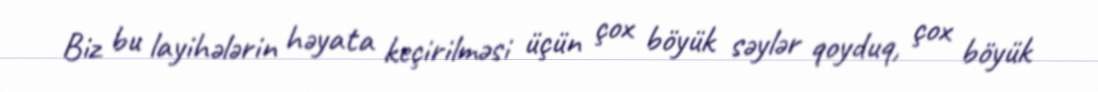
Biz bu layihələrin həyata keçirilməsi üçün çox böyük səylər qoyduq, çox böyük